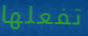
تفعلها